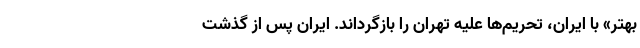
بهتر» با ایران، تحریم‌ها علیه تهران را بازگرداند. ایران پس از گذشت